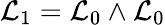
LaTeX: {\cal L}_{1}={\cal L}_{0}\wedge{\cal L}_{0}